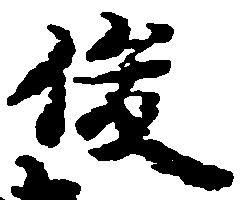
俊